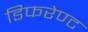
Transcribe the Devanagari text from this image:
डिफरेण्ट